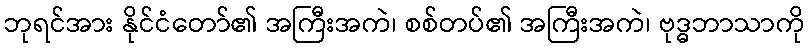
ဘုရင်အား နိုင်ငံတော်၏ အကြီးအကဲ၊ စစ်တပ်၏ အကြီးအကဲ၊ ဗုဒ္ဓဘာသာကို